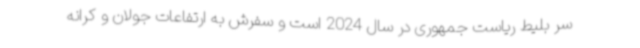
سر بلیط ریاست جمهوری در سال 2024 است و سفرش به ارتفاعات جولان و کرانه